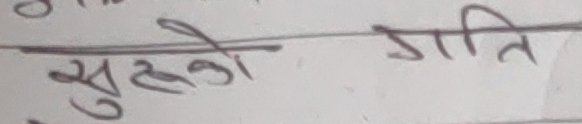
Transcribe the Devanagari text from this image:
सुरुको गति